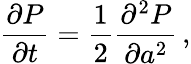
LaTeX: \frac{\partial P}{\partial t}=\frac{1}{2}\frac{\partial^{2}P}{\partial a^{2}}\, ,